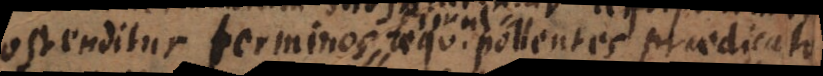
ostenditur terminos aequipollentes praedicato